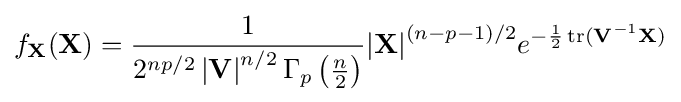
f_{\mathbf {X} }(\mathbf {X} )={\frac {1}{2^{np/2}\left|{\mathbf {V} }\right|^{n/2}\Gamma _{p}\left({\frac {n}{2}}\right)}}{\left|\mathbf {X} \right|}^{(n-p-1)/2}e^{-{\frac {1}{2}}\operatorname {tr} ({\mathbf {V} }^{-1}\mathbf {X} )}